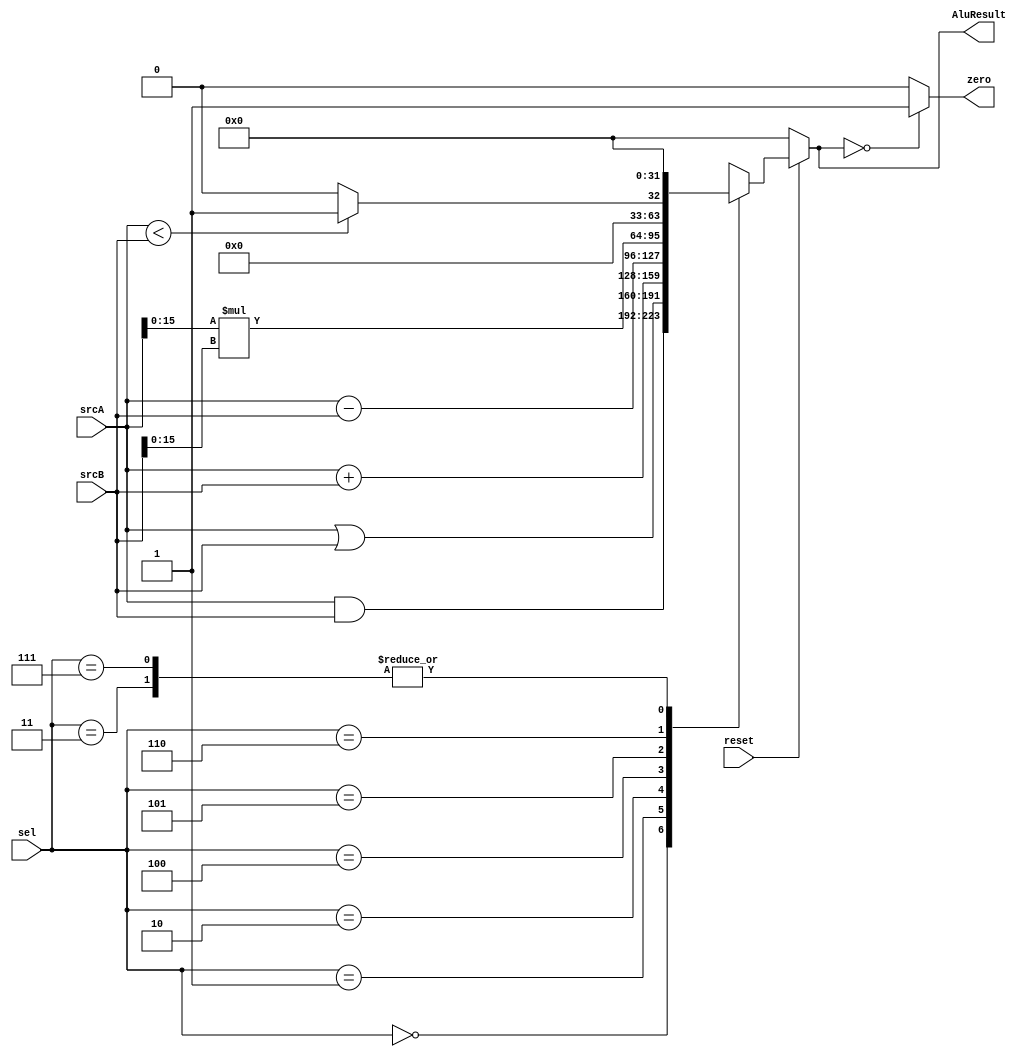
module alu (
input wire [31:0] srcA,srcB,
output reg [31:0] AluResult ,
input wire [2:0] sel,
input wire reset, 
output wire zero
);

always @(*)
    begin 
        if (!reset)
        begin 
            AluResult=32'h00000000;
        end
        else
            begin
                case (sel)
                3'b000:AluResult =srcA & srcB;
                3'b001:AluResult =srcA | srcB;
                3'b010:AluResult =srcA + srcB;
                3'b011:AluResult =32'h00000000 ;//not used
                3'b100:AluResult =srcA - srcB;
                3'b101:AluResult =srcA[15:0] * srcB[15:0];
                3'b110:AluResult =(srcA<srcB)? 1: 0;//stl
                3'b111:AluResult =32'h00000000 ;//not used
                endcase

            end
    end
    
assign zero=(AluResult==0)? 1: 0;

endmodule